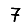
Digit: 7